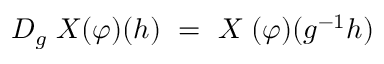
D _ { g } \; X ( \varphi ) ( h ) \ = \ X \; ( \varphi ) ( g ^ { - 1 } h )